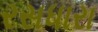
રસધારા